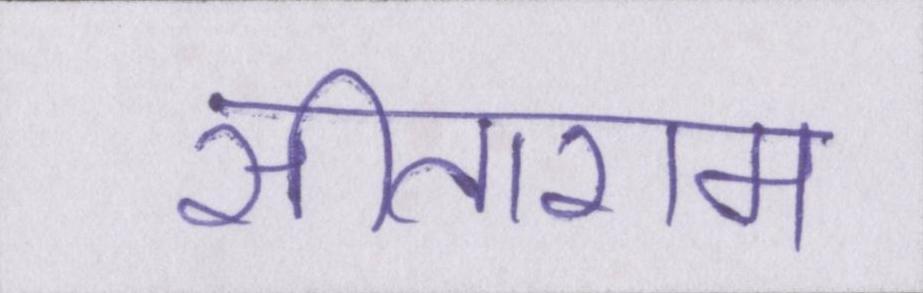
सीताराम